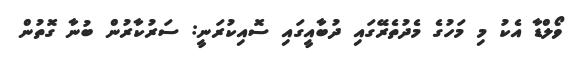
ވޯލްޑާ އެކު މި މަހުގެ މެދުތެރޭގައި ދުބާއީގައި ސޮއިކުރަނީ: ސަރުކާރުން ބުނާ ގޮތުން